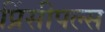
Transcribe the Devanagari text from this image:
प्रिंसीपल्स